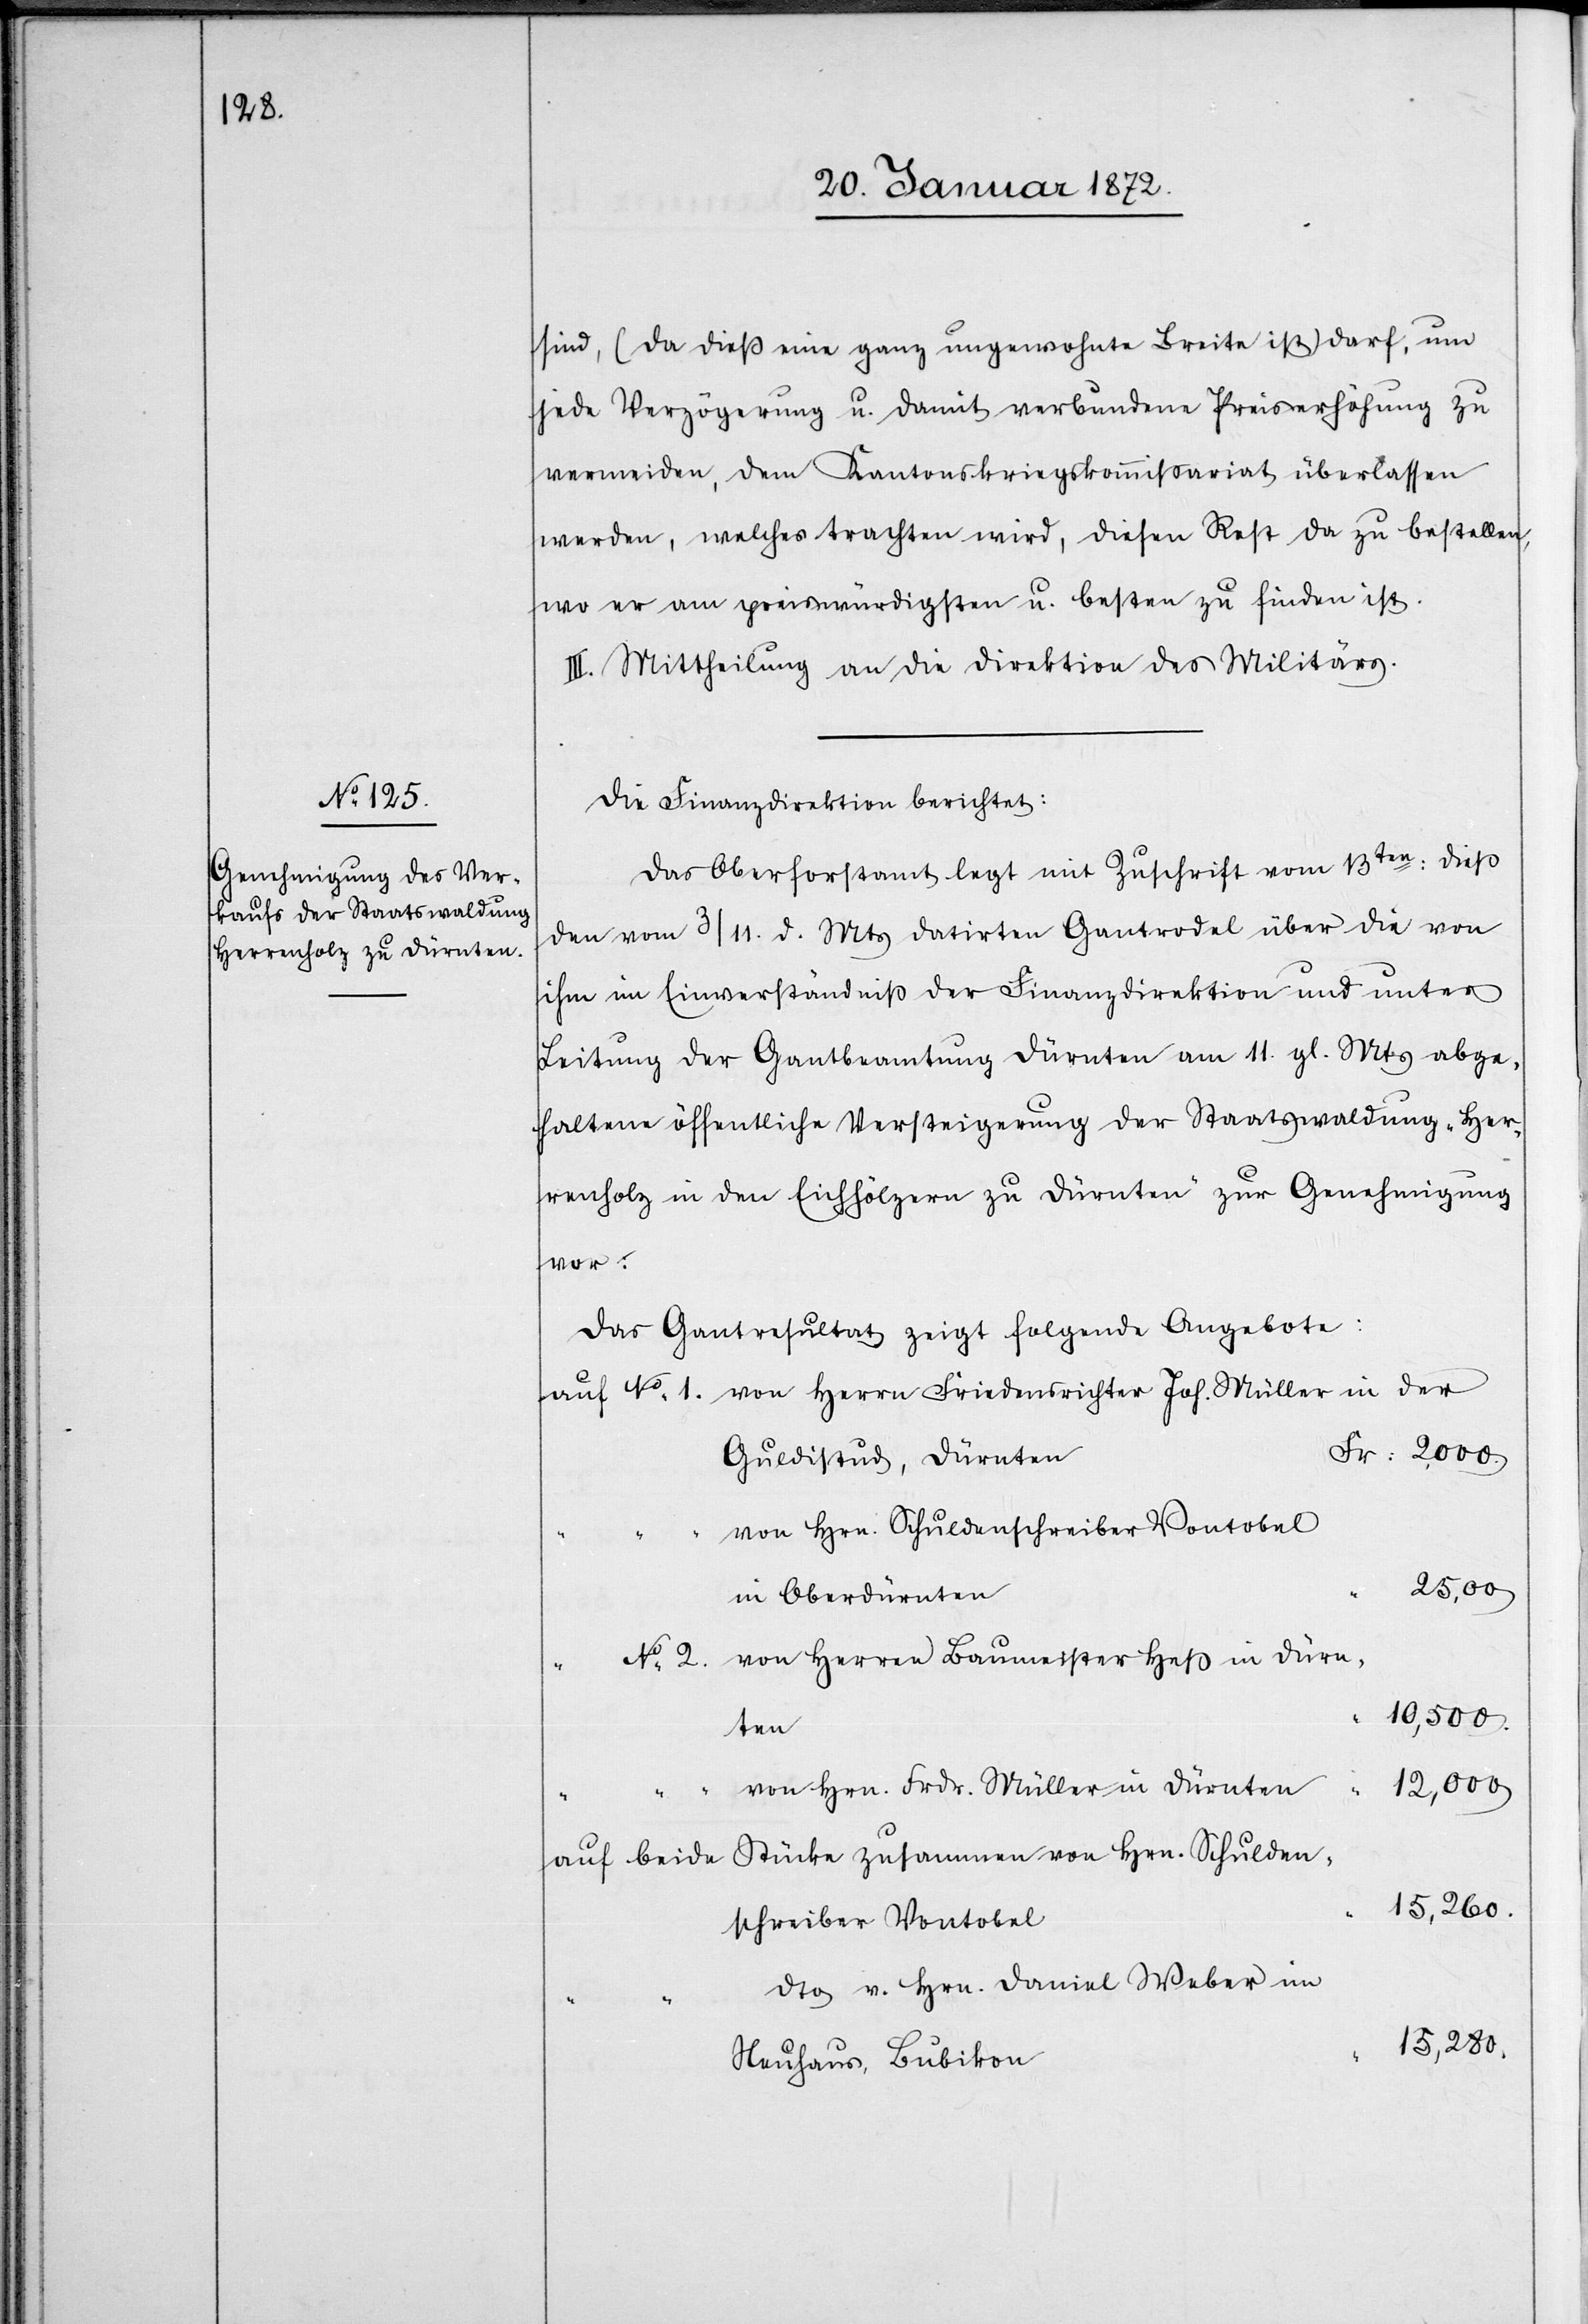
sind, (da dieß eine ganz ungewohnte Breite ist) darf, um
jede Verzögerung u. damit verbundene Preiserhöhung zu
vermeiden, dem Kantonskriegskommissariat überlassen
werden, welches trachten wird, diesen Rest da zu bestellen,
wo er am preiswürdigsten u. besten zu finden ist.
III. Mittheilung an die Direktion des Militärs.
Die Finanzdirektion berichtet:
Das Oberforstamt legt mit Zuschrift vom 13ten: dieß
den vom 3/11. d. Mts datirten Gantrodel über die von
ihm im Einverständniß der Finanzdirektion und unter
Leitung der Gantbeamtung Dürnten am 11. gl. Mts abge¬
haltene öffentliche Versteigerung der Staatswaldung „Her¬
renholz in den Eichhölzern zu Dürnten“ zur Genehmigung
vor.
Das Gantresultat zeigt folgende Angebote:
auf No 1. von Herrn Friedensrichter Joh. Müller in der
Fr: 2000
Guldistud, Dürnten
von Hrn. Schuldenschreiber Vontobel
in Oberdürnten
No 2. von Herren Baumeister Heß in Dürn¬
10,500.
ten
von Hrn. Frdr. Müller in Dürnten
12,000
auf beide Stücke zusammen von Hrn. Schulden¬
15,260.
schreiber Vontobel
dto v. Hrn. Daniel Weber im
15,280.
Neuhaus, Bubikon